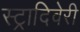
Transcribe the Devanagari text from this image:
स्ट्रादिवेरी